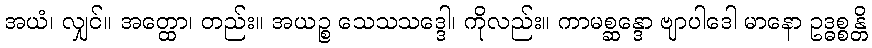
အယံ၊ လျှင်။ အတ္ထော၊ တည်း။ အယဉ္စ သေသသဒ္ဒေါ၊ ကိုလည်း။ ကာမစ္ဆန္ဒော ဗျာပါဒေါ မာနော ဥဒ္ဓစ္စန္တိ